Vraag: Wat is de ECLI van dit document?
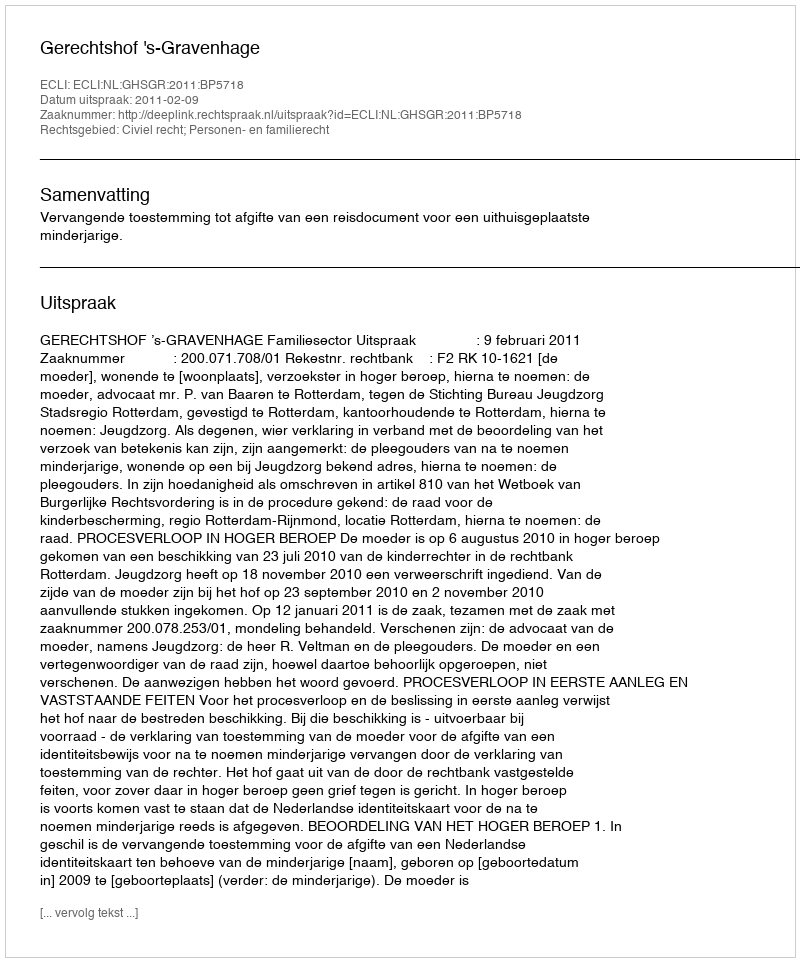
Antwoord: ECLI:NL:GHSGR:2011:BP5718